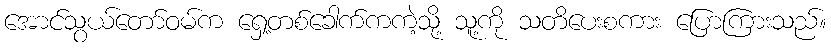
အောင်သွယ်တော်ဝမ်က ရှေ့တစ်ခေါက်ကကဲ့သို့ သူ့ကို သတိပေးစကား ပြောကြားသည်။